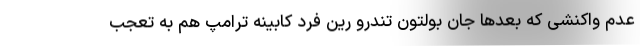
عدم واکنشی که بعدها جان بولتون تندرو رین فرد کابینه ترامپ هم به تعجب